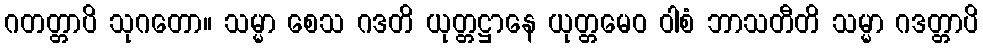
ဂတတ္တာပိ သုဂတော။ သမ္မာ စေသ ဂဒတိ ယုတ္တဋ္ဌာနေ ယုတ္တမေဝ ဝါစံ ဘာသတီတိ သမ္မာ ဂဒတ္တာပိ